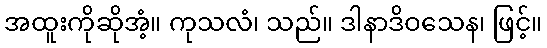
အထူးကိုဆိုအံ့။ ကုသလံ၊ သည်။ ဒါနာဒိဝသေန၊ ဖြင့်။